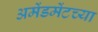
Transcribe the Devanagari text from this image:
अमेंडमेंटच्या